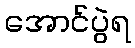
အောင်ပွဲရ